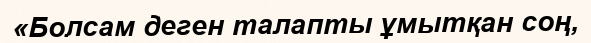
«Болсам деген талапты ұмытқан соң,